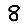
Digit: 8